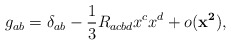
\begin{align*}g_{ab} = \delta _{ab} - \frac{1}{3} R_{acbd} x^{c} x^{d} + o({\mathbf{x^{2}}}),\end{align*}